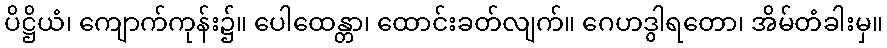
ပိဋ္ဌိယံ၊ ကျောက်ကုန်း၌။ ပေါထေန္တာ၊ ထောင်းခတ်လျက်။ ဂေဟဒွါရတော၊ အိမ်တံခါးမှ။